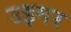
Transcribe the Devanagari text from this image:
उइगर